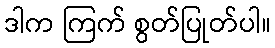
ဒါက ကြက် စွတ်ပြုတ်ပါ။